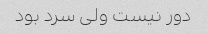
دور نیست ولی سرد بود